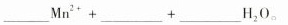
\underline Mn^{2+}+\underline +\underline H_{2}O。